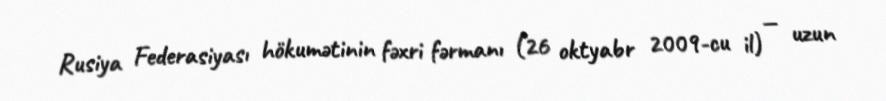
Rusiya Federasiyası hökumətinin fəxri fərmanı (26 oktyabr 2009-cu il) — uzun